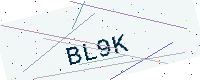
Text: BL9K